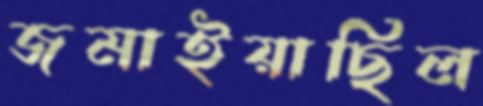
জমাইয়াছিল